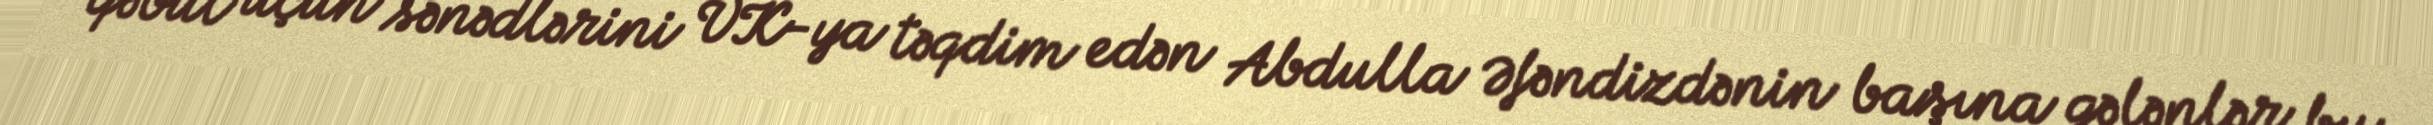
qəbul üçün sənədlərini VK-ya təqdim edən Abdulla Əfəndizdənin başına gələnlər bu